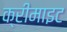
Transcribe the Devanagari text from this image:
क्रीमाइट